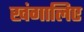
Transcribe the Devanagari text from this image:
खंगालिए